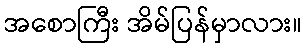
အစောကြီး အိမ်ပြန်မှာလား။